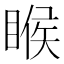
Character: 睺